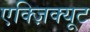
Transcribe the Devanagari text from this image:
एक्ज़िक्यूट